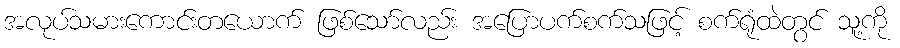
အလုပ်သမားကောင်းတယောက် ဖြစ်သော်လည်း အပြောပက်စက်သဖြင့် စက်ရုံထဲတွင် သူ့ကို